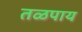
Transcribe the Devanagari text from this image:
तळपाय